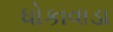
ધોકાવાડા